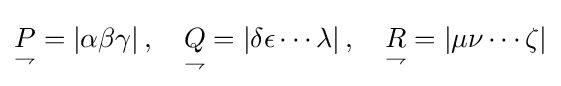
{\underset {\rightharpoondown }{P}}=|\alpha \beta \gamma |\,,\quad {\underset {\rightharpoondown }{Q}}=|\delta \epsilon \cdots \lambda |\,,\quad {\underset {\rightharpoondown }{R}}=|\mu \nu \cdots \zeta |